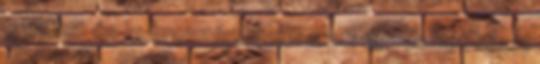
9 ezüst és 13 bronzéremmel a 26 egyesület közül